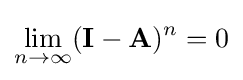
\lim _{n\to \infty }(\mathbf {I} -\mathbf {A} )^{n}=0